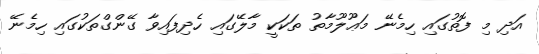
އަދި މި ފޮތުގައި ހިމެނޭ މަޢޫލޫމާތު ތަކަކީ މާލޭގައި ހެދިފައިވާ ގޭންގްތަކުގައި ހިމެނޭ